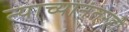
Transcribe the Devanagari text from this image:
त्याच्यानंतरही